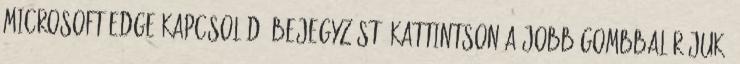
Microsoft Edge kapcsolódó bejegyzést, kattintson a jobb gombbal rájuk,